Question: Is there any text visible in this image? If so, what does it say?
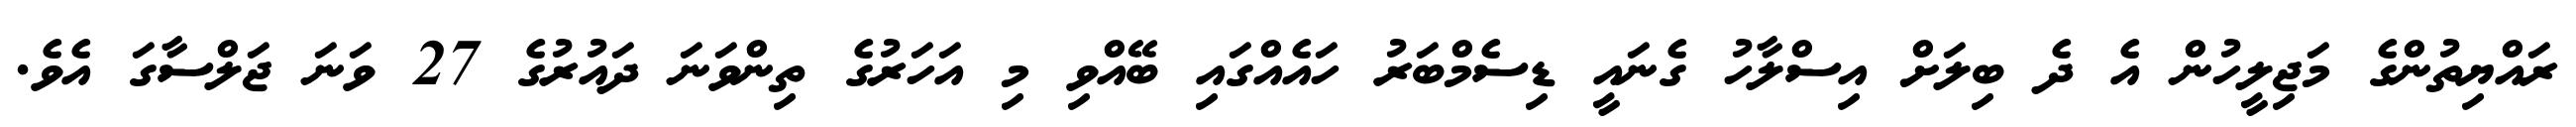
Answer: ރައްޔިތުންގެ މަޖިލީހުން އެ ދެ ބިލަށް އިސްލާހު ގެނައީ ޑިސެމްބަރު ހައެއްގައި ބޭއްވި މި އަހަރުގެ ތިންވަނަ ދައުރުގެ 27 ވަނަ ޖަލްސާގަ އެވެ.